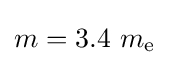
m=3.4~m_{\text{e}}